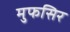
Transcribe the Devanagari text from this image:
मुफसिर